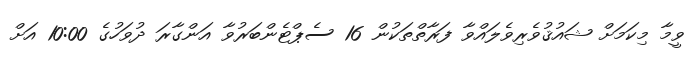
ވީމާ މިކަމަށް ޝައުޤުވެރިވެލައްވާ ފަރާތްތަކުން 16 ސެޕްޓެންބަރުވާ އަންގާރަ ދުވަހުގެ 10:00 އަށް